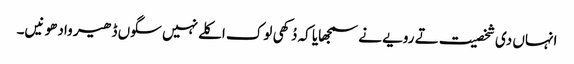
انہاں دی شخصیت تے رویے نے سمجھایا کہ دُکھی لوک اکلے نہیں سگوں ڈھیر وادھو نیں۔